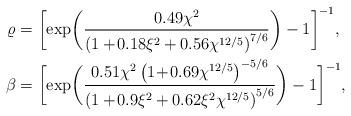
LaTeX: \begin{align*}\varrho&=\bigg[\mathrm{exp}\bigg( \frac{0.49\chi^2}{\left(1+\!0.18\xi^2+0.56\chi^{12/5}\right)^{7/6}}\bigg)-1\bigg]^{-1},\\\beta&=\bigg[\mathrm{exp}\bigg( \frac{0.51\chi^2\left(1\!+\!0.69\chi^{12/5}\right)^{-5/6}}{\left(1+\!0.9\xi^2+0.62\xi^2\chi^{12/5}\right)^{5/6}}\bigg)-1\bigg]^{-1},\end{align*}